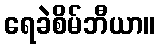
ရေခဲစိမ်ဘီယာ။